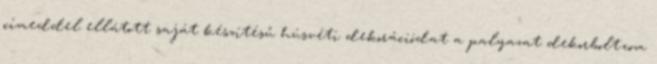
címeddel ellátott saját készítésű húsvéti dekorációdat a palyazat dekorbolt.com